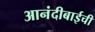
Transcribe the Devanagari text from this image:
आनंदीबाईची